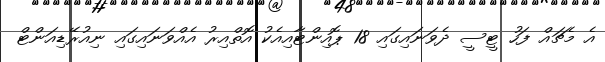
އެ މެޗައް ފަހު ޓީސީ ދެވަނައިގައި 18 ޕޮއިންޓާއިއެކު އޮތްއިރު އެއްވަނައިގައި ނިއުރޭޑިއަންޓް